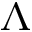
\Lambda